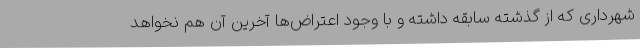
شهرداری که از گذشته سابقه داشته و با وجود اعتراض‌ها آخرین آن هم نخواهد